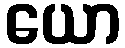
ယော